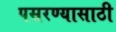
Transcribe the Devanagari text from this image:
पसरण्यासाठी